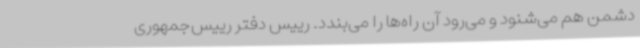
دشمن هم می‌شنود و می‌رود آن راه‌ها را می‌بندد. رییس دفتر رییس‌جمهوری